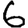
Digit: 6